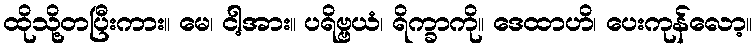
ထိုသို့တပြီးကား။ မေ၊ ငါ့အား။ ပရိဗ္ဗယံ၊ ရိက္ခာကို။ ဒေထာဟိ၊ ပေးကုန်လော့။